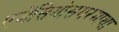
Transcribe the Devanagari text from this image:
एजेंसियोंसगरमाथा